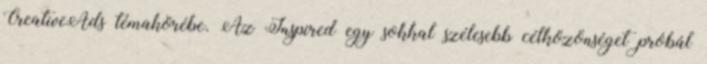
CreativeAds témakörébe. Az Inspired egy sokkal szélesebb célközönséget próbál